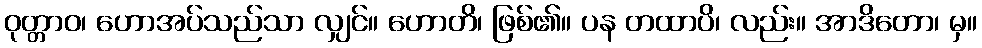
ဝုတ္တာဝ၊ ဟောအပ်သည်သာ လျှင်။ ဟောတိ၊ ဖြစ်၏။ ပန တထာပိ၊ လည်း။ အာဒိတော၊ မှ။